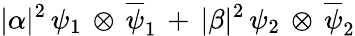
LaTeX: |{\alpha}|^{2}\, {\psi}_{1}\, \otimes\, {\overline{{{\psi}}}_{1}}\, +\, |{\beta}|^{2}\, {\psi}_{2}\, \otimes\, {\overline{{{\psi}}}_{2}}